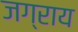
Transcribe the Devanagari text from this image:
जग्राय